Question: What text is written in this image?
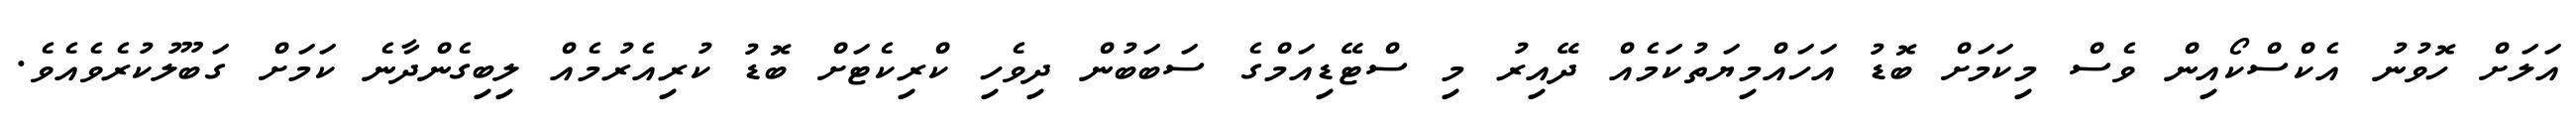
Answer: އަލަށް ހޮވުނު އެކްސްކޯއިން ވެސް މިކަމަށް ބޮޑު އަހައްމިޔަތުކަމެއް ދޭއިރު މި ސްޓޭޑިއަމްގެ ސަބަބުން ދިވެހި ކްރިކެޓަށް ބޮޑު ކުރިއެރުމެއް ލިބިގެންދާނެ ކަމަށް ގަބޫލުކުރެވެއެވެ.